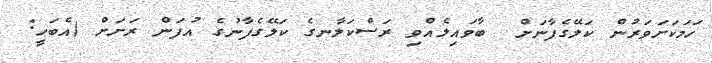
ހަމަކަށަވަރުން ކަލޭގެފާނަށް  ބާވައިލެއްވި ރަސްކަލާނގެ ކަލޭގެފާނުގެ އުފަން ރަށަށް (އެބަހީ: